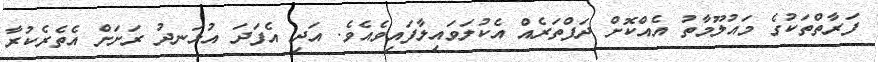
ފަރާތްތަކުގެ މައުލޫމާތު އެއްކޮށް ދަފްތަރެއް އެކުލަވައިލާފައިވެއެވެ. އަދި އެފަދަ އުޅަނދު ރަށަށް އެތެރެކުރާ